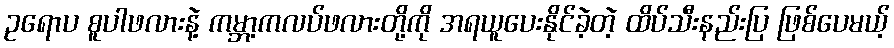
ဥရောပ စူပါဖလားနဲ့ ကမ္ဘာ့ကလပ်ဖလားတို့ကို အရယူပေးနိုင်ခဲ့တဲ့ ထိပ်သီးနည်းပြ ဖြစ်ပေမယ့်